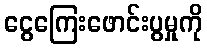
ငွေကြေးဖောင်းပွမှုကို